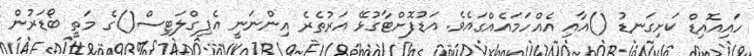
ހައިއޮއިޑް ކަށިގަނޑު ()އާއި އެއްހަމައެއްގައެވެ. އަޑުފޮށްޓާގުޅޭ އަރުތެރެ އިންނަނީ އެޕިގްލަޓިސް()ގެ މަތީ ބޯޑަރުން